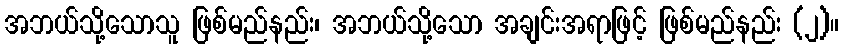
အဘယ်သို့သောသူ ဖြစ်မည်နည်း၊ အဘယ်သို့သော အချင်းအရာဖြင့် ဖြစ်မည်နည်း (၂)။